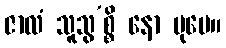
ဇာလံ သူသွ’စ္စိ နော ပုမေ။